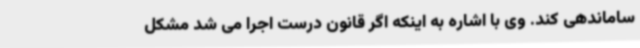
ساماندهی کند. وی با اشاره به اینکه اگر قانون درست اجرا می شد مشکل